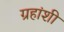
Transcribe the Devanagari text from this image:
ग्रहांशी